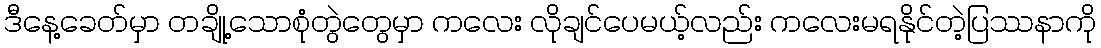
ဒီနေ့ခေတ်မှာ တချို့သောစုံတွဲတွေမှာ ကလေး လိုချင်ပေမယ့်လည်း ကလေးမရနိုင်တဲ့ပြဿနာကို